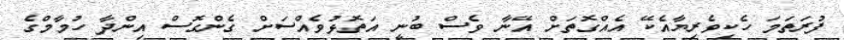
ފުރަތަމަ ހެކިވެރިޔާއެކޭ އެއްގޮތަށް އޭނާ ވެސް ބުނީ އަތޮޅުވެއްސަށް ގެންގޮސް އިންދާ ހުމާމްގެ